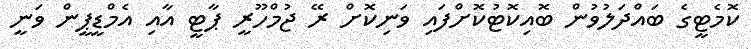
ކޮމެޓީގެ ބައްދަލުވުން ބޮއިކޮޓުކޮށްފައި ވަނިކޮށް ރޭ ޖުމްހޫރީ ޕާޓީ އާއި އެމްޑީޕީން ވަނީ